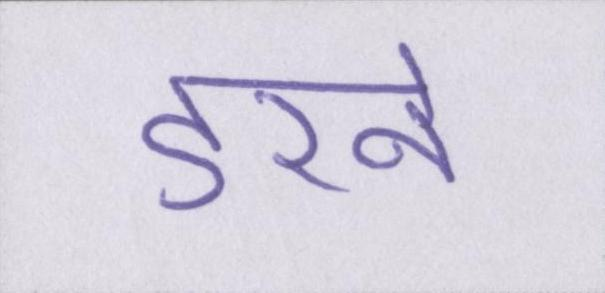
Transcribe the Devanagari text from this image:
डरने